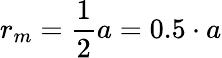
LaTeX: r_{m}={\frac{1}{2}}a=0.5\cdot a